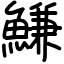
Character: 鰜